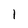
Character: l